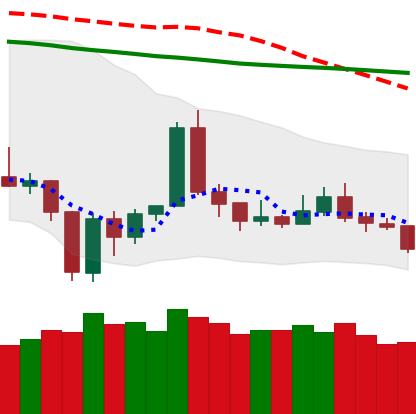
Ticker: TRX-USD
Chart end date: 2020-01-02
Forward return: 11.678%
Label: up_7plus